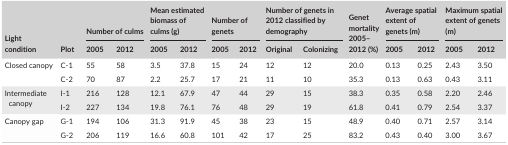
<table><thead><tr><td rowspan="2"><b>Light condition</b></td><td rowspan="2"><b>Plot</b></td><td colspan="2"><b>Number of culms</b></td><td colspan="2"><b>Mean estimated biomass of culms (g)</b></td><td colspan="2"><b>Number of genets</b></td><td colspan="2"><b>Number of genets in 2012 classified by demography</b></td><td rowspan="2"><b>Genet mortality 2005–2012 (%)</b></td><td colspan="2"><b>Average spatial extent of genets (m)</b></td><td colspan="2"><b>Maximum spatial extent of genets (m)</b></td></tr><tr><td><b>2005</b></td><td><b>2012</b></td><td><b>2005</b></td><td><b>2012</b></td><td><b>2005</b></td><td><b>2012</b></td><td><b>Original</b></td><td><b>Colonizing</b></td><td><b>2005</b></td><td><b>2012</b></td><td><b>2005</b></td><td><b>2012</b></td></tr></thead><tbody><tr><td rowspan="2">Closed canopy</td><td>C‐1</td><td>55</td><td>58</td><td>3.5</td><td>37.8</td><td>15</td><td>24</td><td>12</td><td>12</td><td>20.0</td><td>0.13</td><td>0.25</td><td>2.43</td><td>3.50</td></tr><tr><td>C‐2</td><td>70</td><td>87</td><td>2.2</td><td>25.7</td><td>17</td><td>21</td><td>11</td><td>10</td><td>35.3</td><td>0.13</td><td>0.63</td><td>0.43</td><td>3.11</td></tr><tr><td rowspan="2">Intermediate canopy</td><td>I‐1</td><td>216</td><td>128</td><td>12.1</td><td>67.9</td><td>47</td><td>44</td><td>29</td><td>15</td><td>38.3</td><td>0.35</td><td>0.58</td><td>2.20</td><td>2.46</td></tr><tr><td>I‐2</td><td>227</td><td>134</td><td>19.8</td><td>76.1</td><td>76</td><td>48</td><td>29</td><td>19</td><td>61.8</td><td>0.41</td><td>0.79</td><td>2.54</td><td>3.37</td></tr><tr><td rowspan="2">Canopy gap</td><td>G‐1</td><td>194</td><td>106</td><td>31.3</td><td>91.9</td><td>45</td><td>38</td><td>23</td><td>15</td><td>48.9</td><td>0.40</td><td>0.71</td><td>2.57</td><td>3.14</td></tr><tr><td>G‐2</td><td>206</td><td>119</td><td>16.6</td><td>60.8</td><td>101</td><td>42</td><td>17</td><td>25</td><td>83.2</td><td>0.43</td><td>0.40</td><td>3.00</td><td>3.67</td></tr></tbody></table>